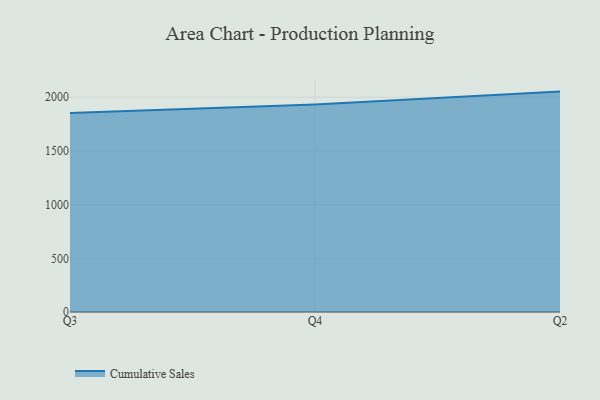
{"axis": {"x": "Quarter", "y": "Website Visitors"}, "legend": ["Cumulative Sales"], "data": [{"x": "Q3", "y": 1853.6, "type": "Cumulative Sales"}, {"x": "Q4", "y": 1933.0, "type": "Cumulative Sales"}, {"x": "Q2", "y": 2052.4, "type": "Cumulative Sales"}]}